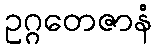
ဥဂ္ဂတေဇာနံ